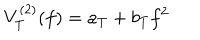
LaTeX: V _ { T } ^ { ( 2 ) } ( f ) = a _ { T } + b _ { T } f ^ { 2 }